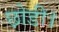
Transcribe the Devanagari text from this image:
छ़ोडी।